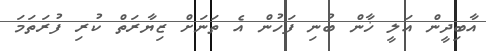
އާބިދީން އަލީ ޚާން ބުނި ފަހުން އެ ތަނަށް ޒިޔާރަތް ކުރި ފުރަތަމަ